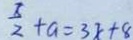
\frac { x } { 2 } + a = 3 x + 8